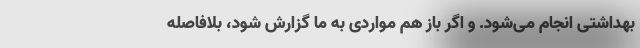
بهداشتی انجام‌ می‌شود. و اگر باز هم مواردی به ما گزارش شود، بلافاصله